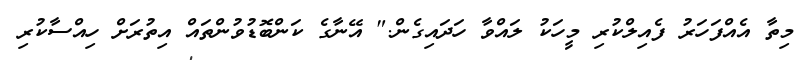
މިތާ އެއްފަހަރު ފެއިލްކުރި މީހަކު ލައްވާ ހަދައިގެން." އޭނާގެ ކަންބޮޑުވުންތައް އިތުރަށް ހިއްސާކުރި